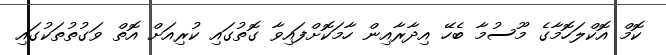
ކޮމް އޮކްލަހޮމާގެ މޫސުމާ ބެހޭ އިދާރާއިން ހާމަކޮށްފައިވާ ގޮތުގައި ކުރިއަށް އޮތް ވަގުތުތަކުގައި